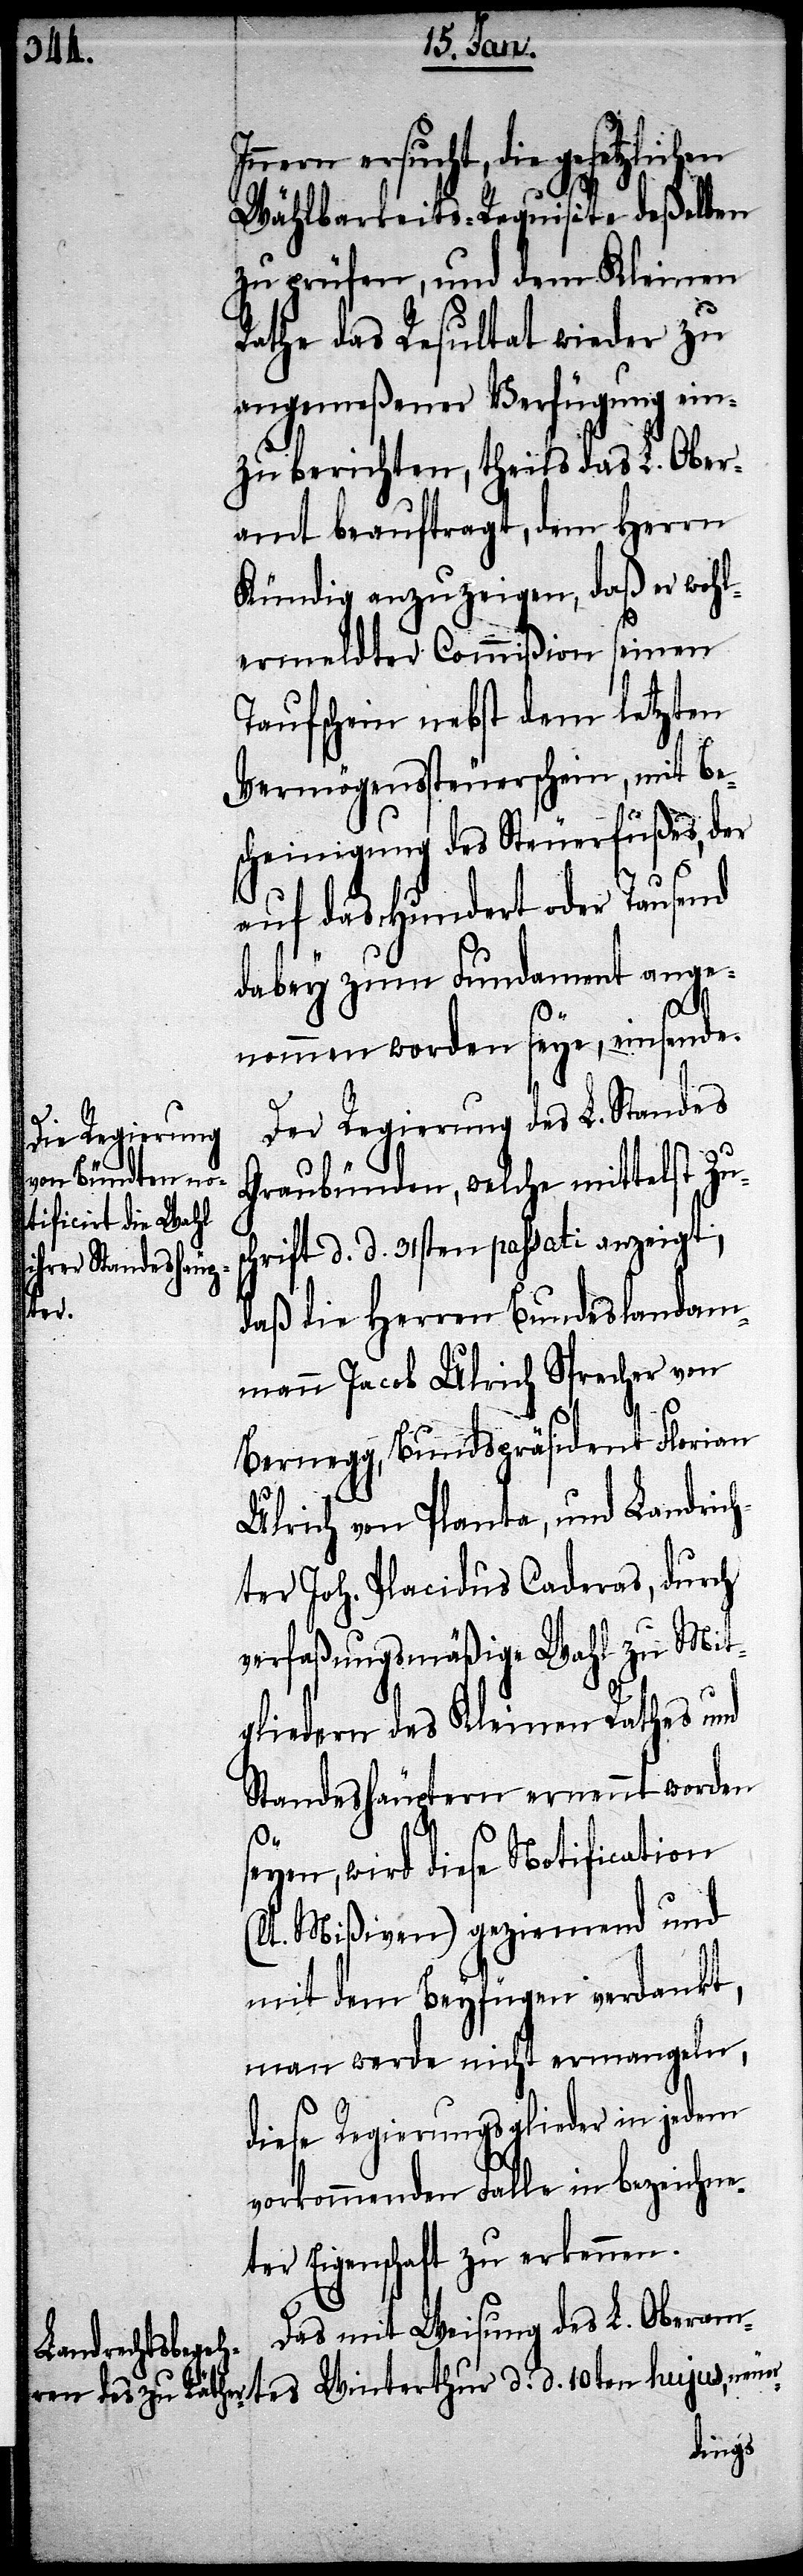
tes Winterthur d.
Wählbarkeits-Requisite deßelben
zu prüfen, und dem Kleinen
Rathe das Resultat wieder zu
angemeßener Verfügung ein¬
zuberichten, theils das L. Ober¬
amt beauftragt, dem Herrn
Kündig anzuzeigen, daß er wohl¬
ermeldter Commißion seinen
Taufschein nebst dem letzten
Vermögenssteuerschein, mit Be¬
scheinigung des Steuerfußes, der
auf das Hundert odert Tausend
dabey zum Fundament ange¬
s¬
nommen worden seye, einsende.
Der Regierung des L. Standes
Graubünden, welche mittelst Zu¬
chrift d. d. 31sten passati anzeigt,
daß die Herren Bundeslandam¬
mann Jacob Ulrich Sprecher von
Bernegg, Bundspräsident Florian
Ulrich von Planta, und Landrich¬
ter Joh. Placidus Caderas, durch
verfaßungsmäßige Wahl zu Mit¬
gliedern des Kleinen Rathes und
Standeshäuptern ernennt worden
seyen, wird diese Notification
(lt. Mißiven) geziemend und
mit dem Beyfügen verdankt,
man werde nicht ermangeln,
diese Regierungsglieder in bezeichn¬
eter Eigenschaft zu erkennen.
Das mit Weisung des L. Oberam¬